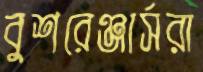
বুশরেঞ্জার্সরা